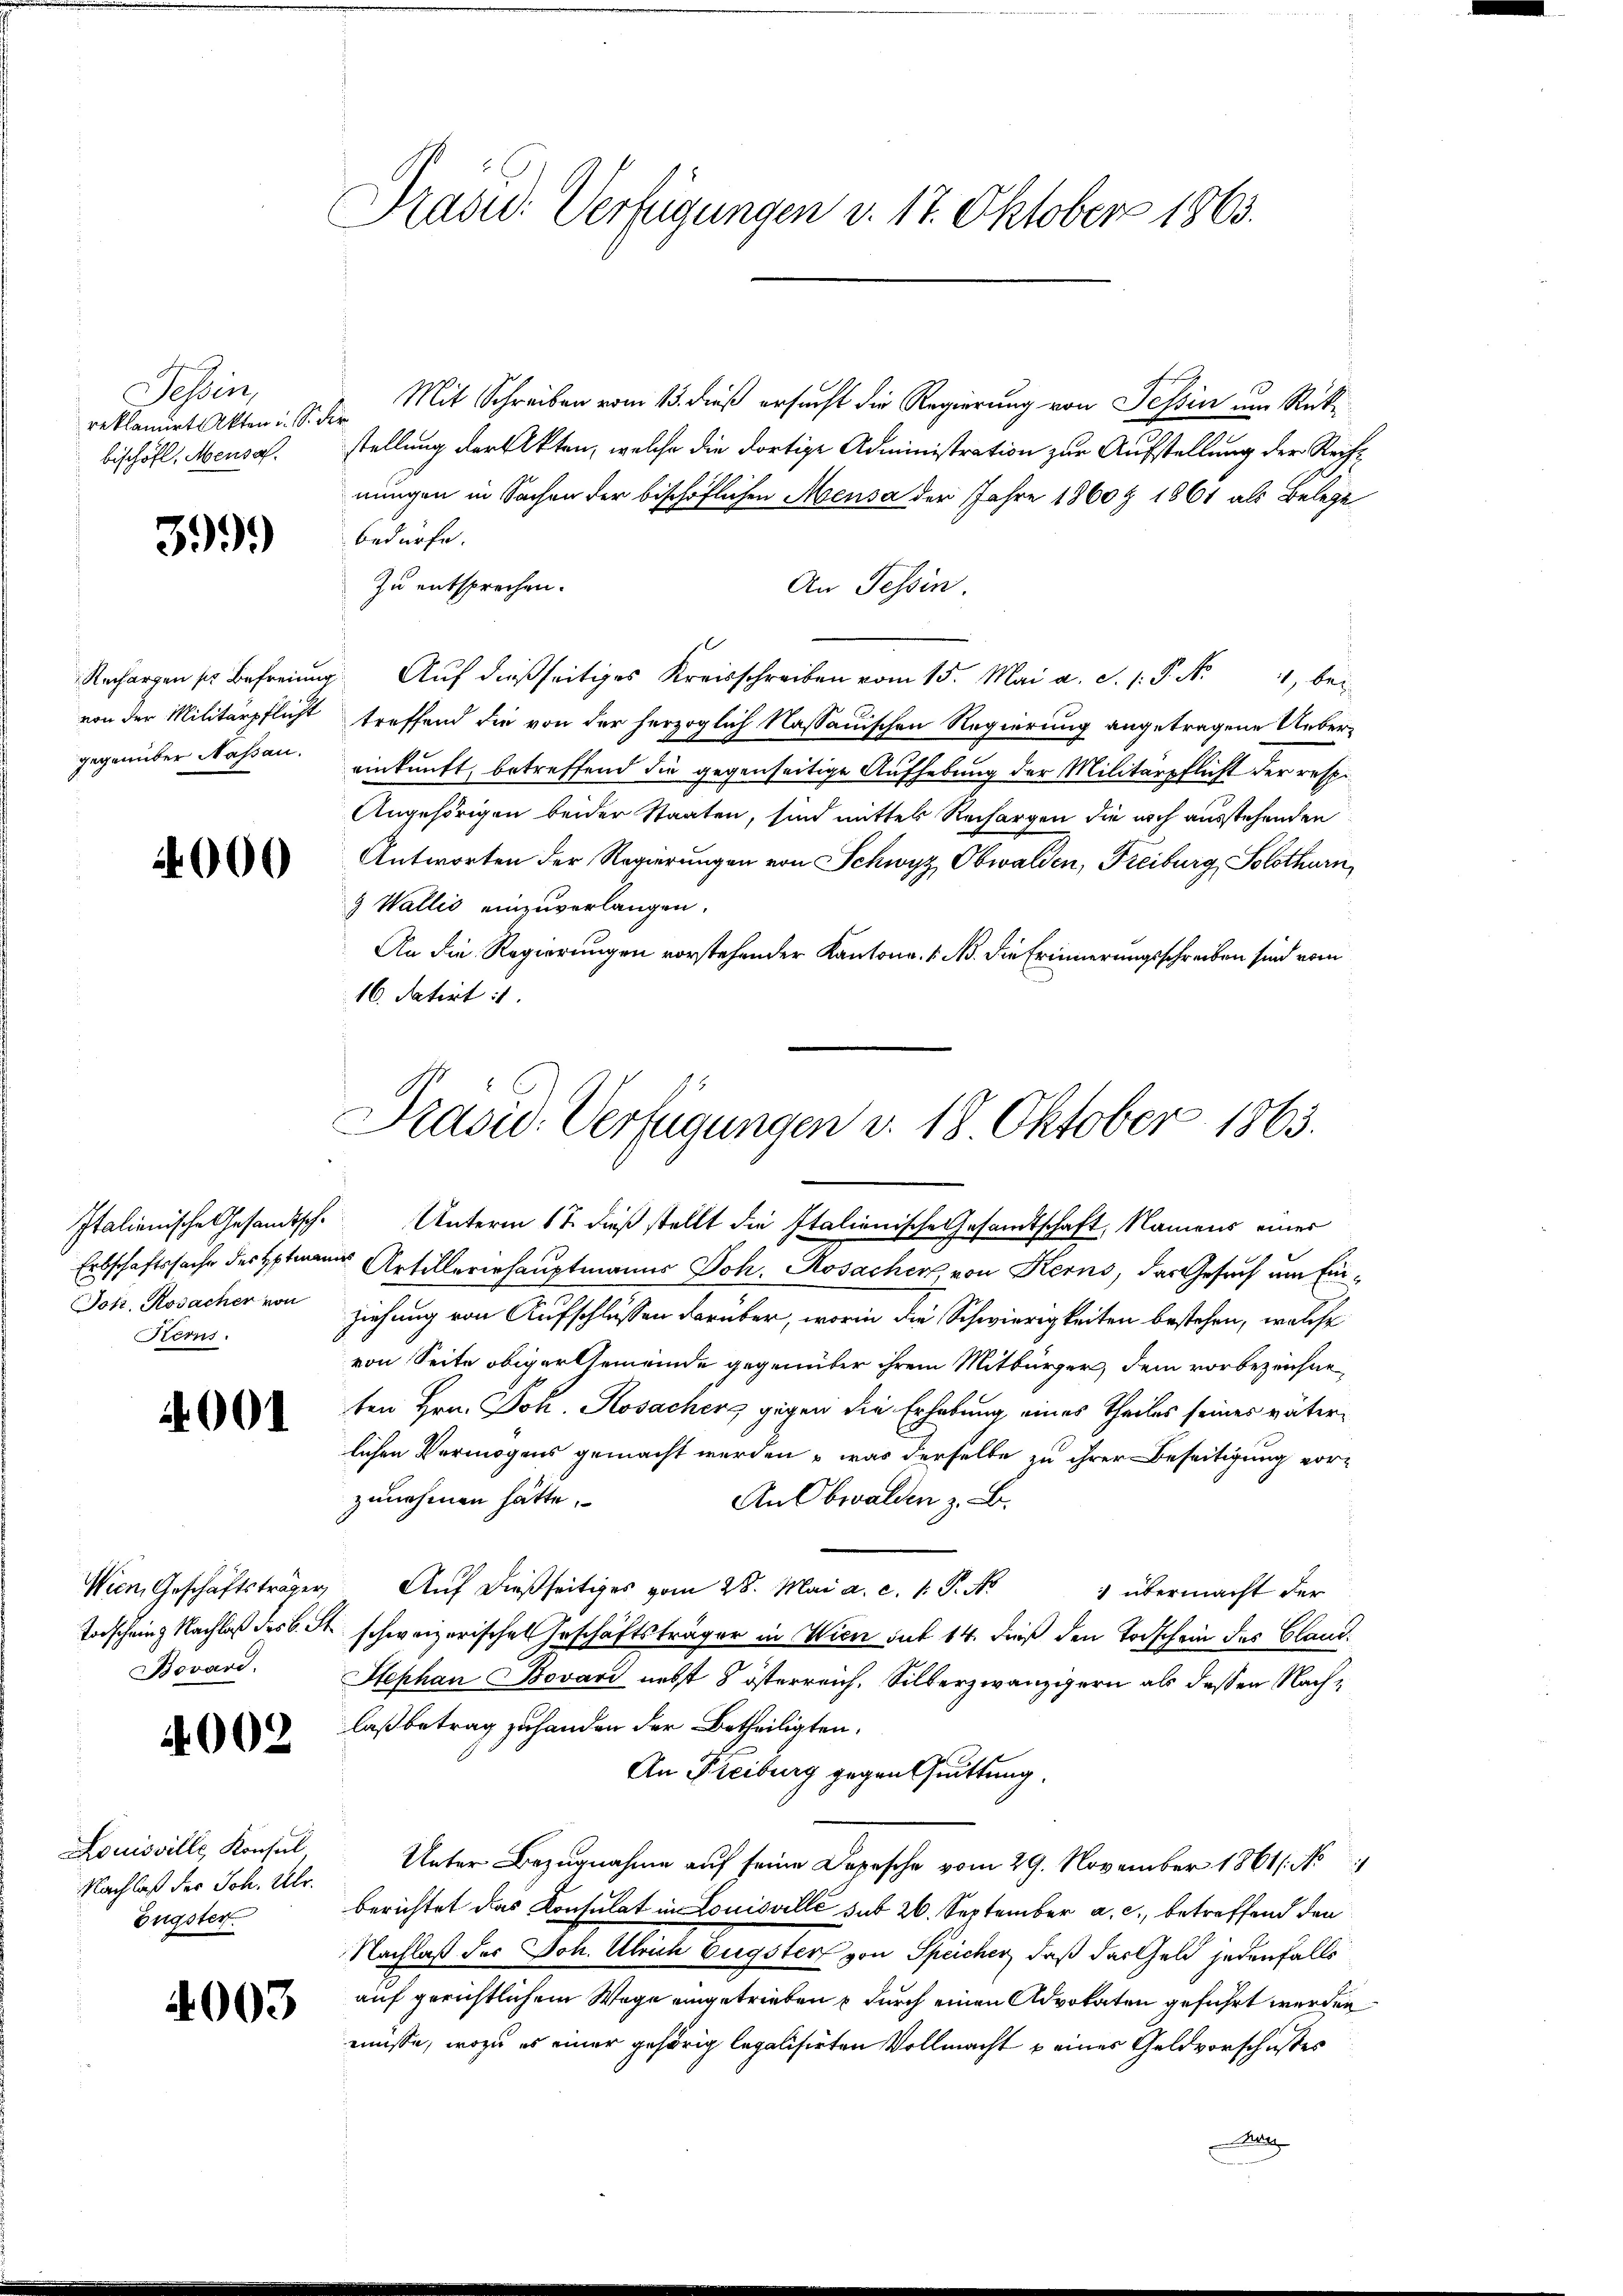
Tessin,
reklamirt Akten u. S.
bischöfl. Mensch.

399.)

von der Militärpflicht
gegenüber Nassau.

4000

Joh. Kosacher von
Sterns.

4001.

Bovard.

4002

Louisville Konsul
Nachlaß der Joh. Ulr.
Engster.

4003

Präsid. Verfügungen v. 17. Oktober 1863.

Mit Schreiben vom 13. dieß ersucht die Regierung von Tessin um Rücke
r
stellung der Akten, welche die dortige Administration zur Aufstellung der Reihe
nungen in Sachen der bischöflichen Mensa der Jahre 1860 § 1861 als Belege
bedürfe.
zu entsprechen.
An Tessin.
Rechargen sie Befreiung. Aŭf dießseitiges Kreisschreiben vom 15. Mai a. S. 1: P. N. 4, bei
treffend die von der herzoglich Nassauischen Regierung angetragene Uebereinkunft, betreffend die gegenseitige Aufhebung der Militärpflicht der resp.
Angehörigen beider Staaten, sind mittes Rechargen die noch ausstehenden
Antworten der Regierungen von Schwyz, Obwalden, Freiburg, Solothurn,
9 Wallis einzuverlangen.
An die Regierungen vorstehender Kantona. 1. No. die Erinnerungsschreiben sind vom
16. datirt
Italienische Gesandtsche Unterm 17. dieß stellt die Italienische Gesandtschaft, Namens einer
Erbschaftssache des Hptmann Artillererhauptmanns Joh. Rosacher von Kerns, das Gesuch um Einziehung von Aufschlüssen darüber, worin die Schwierigkeiten bestehen, welche
von Seite obiger Gemeinde gegenüber ihrem Mitbürger, dem vorbezeichne
ten Hrn. Joh. Kosacherg gegen die Erhebung eines Theiles seines väterlichen Vermögens gemacht werden – was derselbe zu ihrer Beseitigung vor-
zunehmen hätte.
An Obwalden z. B.
Wien, Geschäftsträger, Auf dießseitiges vom 28. Mai a. c. 1. P. N
 übermacht der
Torschein Nachlaß des C. St. schweizerisches Geschäftsträger in Wien sub 14. dieß den Todschein des Claud
Stephan Bovari nebst 8 österreich, Silberzwanzigern als deßen Nachlaß betrag zu handen der Betheiligten.
An Freiburg gegenssittung.
Unter Bezugnahme auf seine Depesche vom 29. November 1861/ 1
berichtet das Konsulat in Louisville sub 20. September a. c., betreffend den
Nachlaß des Joh. Ulrich Eugster von Speicher, daß das Geld jedenfalls
auf gerichtlichem Wege eingetrieben & durch einen Advokaten geführt werden
müsse, wozu es einer gehörig legalisirten Vollmacht u eines Geldvorschusses
l

Prasis. Verfügungen v. 18. Oktober 1863.